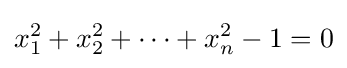
x_{1}^{2}+x_{2}^{2}+\cdots +x_{n}^{2}-1=0